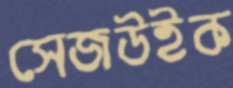
সেজউইক